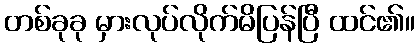
တစ်ခုခု မှားလုပ်လိုက်မိပြန်ပြီ ထင်၏။